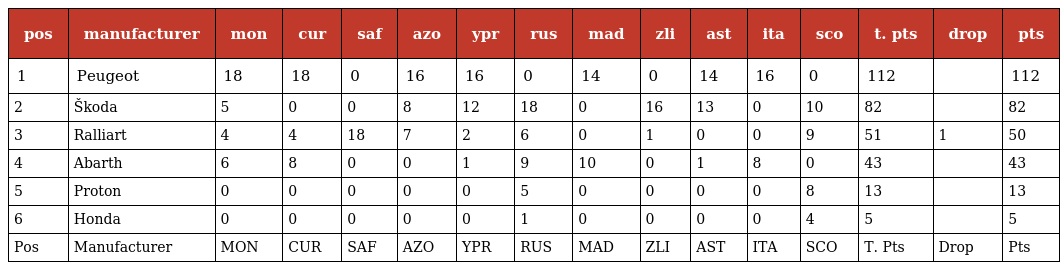
| pos | manufacturer | mon | cur | saf | azo | ypr | rus | mad | zli | ast | ita | sco | t. pts | drop | pts |
 | --- | --- | --- | --- | --- | --- | --- | --- | --- | --- | --- | --- | --- | --- | --- | --- |
 | 1 | Peugeot | 18 | 18 | 0 | 16 | 16 | 0 | 14 | 0 | 14 | 16 | 0 | 112 |  | 112 |
 | 2 | Škoda | 5 | 0 | 0 | 8 | 12 | 18 | 0 | 16 | 13 | 0 | 10 | 82 |  | 82 |
 | 3 | Ralliart | 4 | 4 | 18 | 7 | 2 | 6 | 0 | 1 | 0 | 0 | 9 | 51 | 1 | 50 |
 | 4 | Abarth | 6 | 8 | 0 | 0 | 1 | 9 | 10 | 0 | 1 | 8 | 0 | 43 |  | 43 |
 | 5 | Proton | 0 | 0 | 0 | 0 | 0 | 5 | 0 | 0 | 0 | 0 | 8 | 13 |  | 13 |
 | 6 | Honda | 0 | 0 | 0 | 0 | 0 | 1 | 0 | 0 | 0 | 0 | 4 | 5 |  | 5 |
 | Pos | Manufacturer | MON | CUR | SAF | AZO | YPR | RUS | MAD | ZLI | AST | ITA | SCO | T. Pts | Drop | Pts |